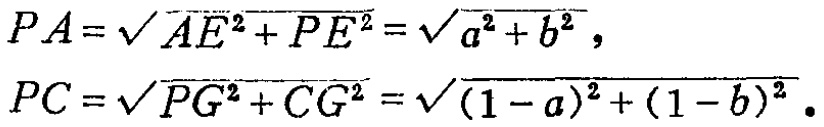
\[
\begin{align*}
PA&=\sqrt{AE^{2}+PE^{2}}=\sqrt{a^{2}+b^{2}},\\
PC&=\sqrt{PG^{2}+CG^{2}}=\sqrt{(1 - a)^{2}+(1 - b)^{2}}.
\end{align*}
\]